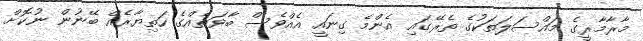
މާރާމާރީގެ މައްސަލަތަކުގެ ތެރޭގައި އެންމެ ގިނައީ އެއްވެސް ބާވަތެއްގެ ހަތިޔާރެއް ބޭނުން ނުކޮށް